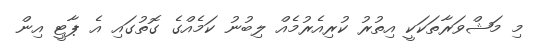
މި މަޝްވަރާތަކަކީ އިތުރު ކުރިއެރުމެއް ލިބުނު ކަމެއްގެ ގޮތުގައި އެ ޕާޓީ އިން